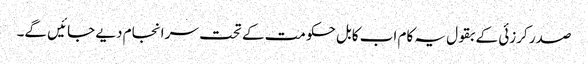
صدر کرزئی کے بقول یہ کام اب کابل حکومت کے تحت سر انجام دیے جائیں گے۔